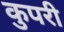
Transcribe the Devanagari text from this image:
कुपरी